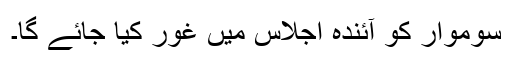
سوموار کو آئندہ اجلاس میں غور کیا جائے گا۔